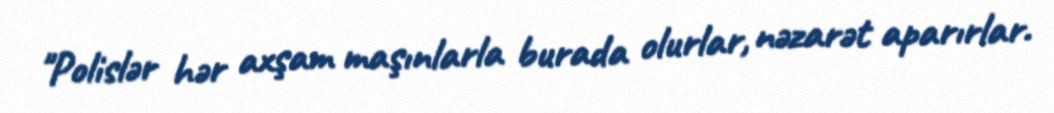
"Polislər hər axşam maşınlarla burada olurlar, nəzarət aparırlar.